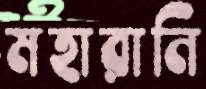
মহারানি